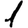
Digit: 1